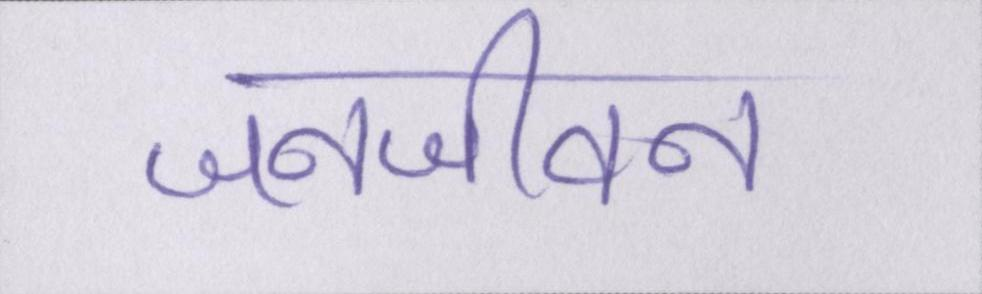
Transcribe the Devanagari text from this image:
जनजीवन